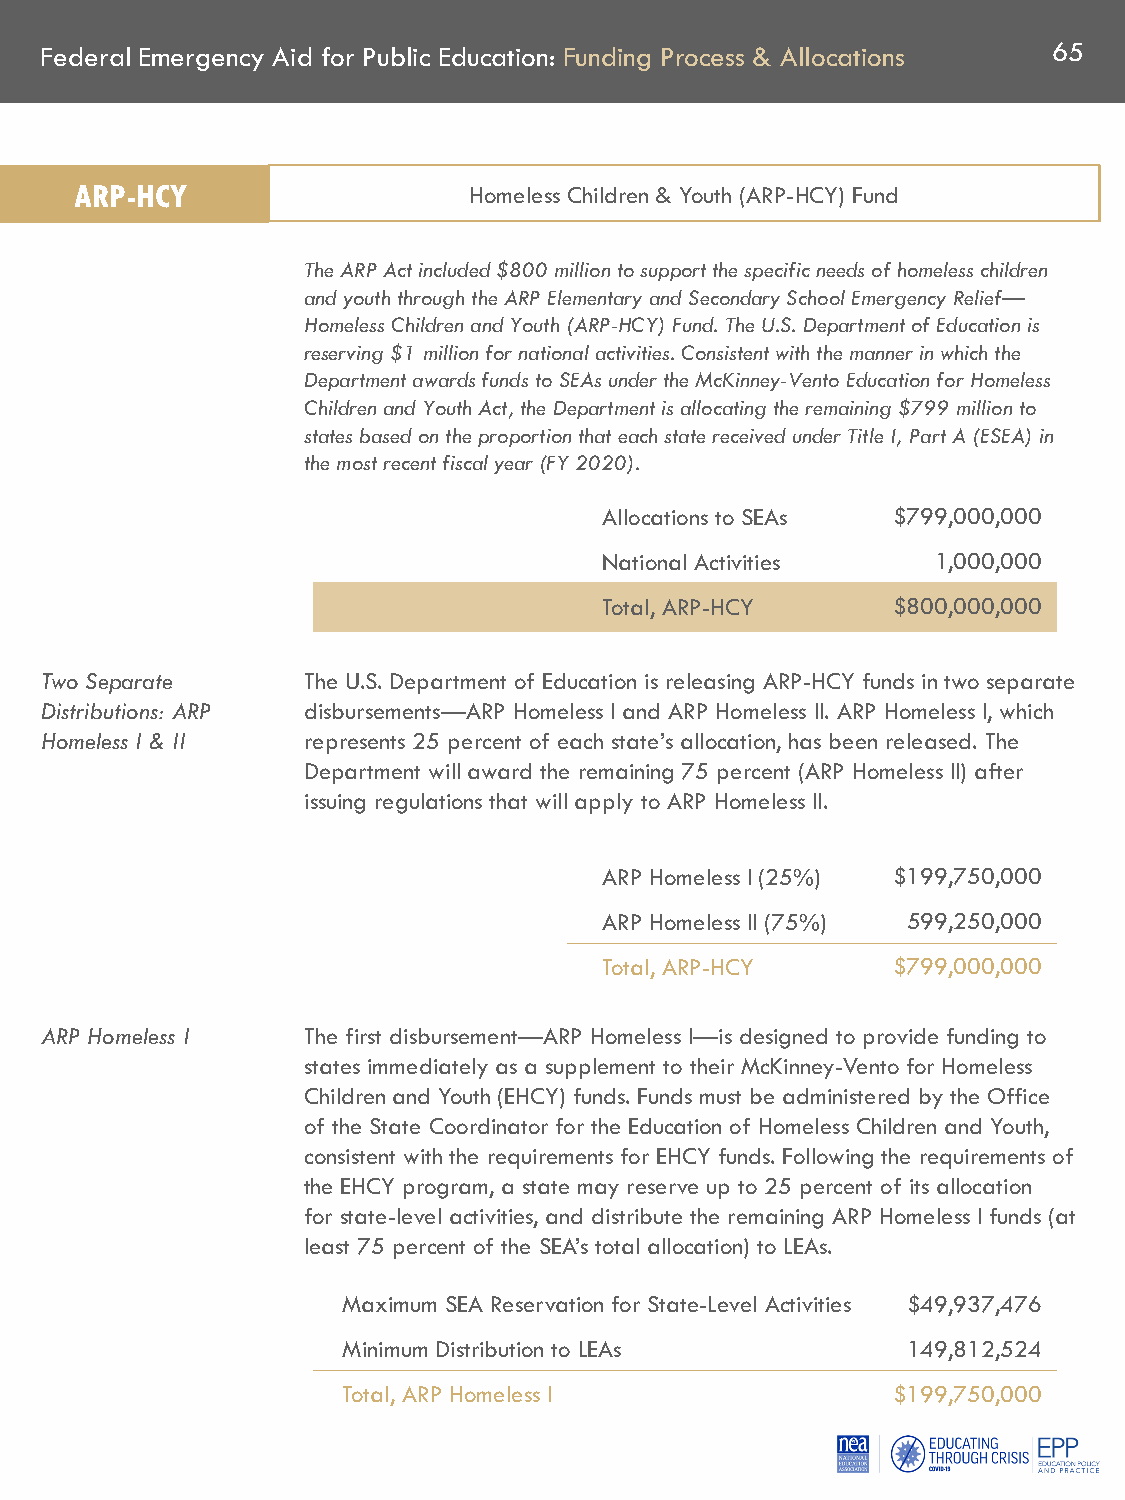
Federal Emergency Aid for Public Education: Funding Process & Allocations 65
 ARP-HCY                   Homeless Children & Youth (ARP-HCY) Fund
 The ARP Act included $800 million to support the specific needs of homeless children
 and youth through the ARP Elementary and Secondary School Emergency Relief—
 Homeless Children and Youth (ARP-HCY) Fund. The U.S. Department of Education is
 reserving $1 million for national activities. Consistent with the manner in which the
 Department awards funds to SEAs under the McKinney-Vento Education for Homeless
 Children and Youth Act, the Department is allocating the remaining $799 million to
 states based on the proportion that each state received under Title I, Part A (ESEA) in
 the most recent fiscal year (FY 2020).
 Allocations to SEAs $799,000,000
 National Activities   1,000,000
 Total, ARP-HCY     $800,000,000
 Two Separate     The U.S. Department of Education is releasing ARP-HCY funds in two separate
 Distributions: ARP disbursements—ARP Homeless I and ARP Homeless II. ARP Homeless I, which
 Homeless I & II  represents 25 percent of each state’s allocation, has been released. The
 Department will award the remaining 75 percent (ARP Homeless II) after
 issuing regulations that will apply to ARP Homeless II.
 ARP Homeless I (25%) $199,750,000
 ARP Homeless II (75%) 599,250,000
 Total, ARP-HCY     $799,000,000
 ARP Homeless I   The first disbursement—ARP Homeless I—is designed to provide funding to
 states immediately as a supplement to their McKinney-Vento for Homeless
 Children and Youth (EHCY) funds. Funds must be administered by the Office
 of the State Coordinator for the Education of Homeless Children and Youth,
 consistent with the requirements for EHCY funds. Following the requirements of
 the EHCY program, a state may reserve up to 25 percent of its allocation
 for state-level activities, and distribute the remaining ARP Homeless I funds (at
 least 75 percent of the SEA’s total allocation) to LEAs.
 Maximum SEA Reservation for State-Level Activities $49,937,476
 Minimum Distribution to LEAs         149,812,524
 Total, ARP Homeless I               $199,750,000